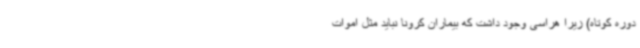
دوره کوتاه) زیرا هراسی وجود داشت که بیماران کرونا نباید مثل اموات